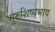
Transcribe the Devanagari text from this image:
गुरुशिष्यभाव